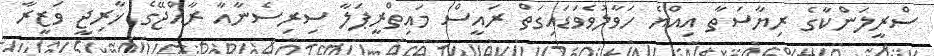
ސްރީލަންކާގެ ރިޔާސަތާ އިއްޔެ ހަވާލުވެވަޑައިގަތް ރައީސް މައިތްރީޕަލާ ސިރިސެނާއާ ރާއްޖޭގެ ޚާރިޖީ ވަޒީރާ